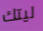
ليتك